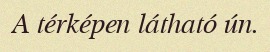
A térképen látható ún.